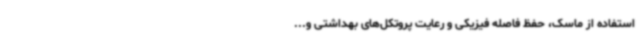
استفاده از ماسک، حفظ فاصله فیزیکی و رعایت پروتکل‌های بهداشتی و...